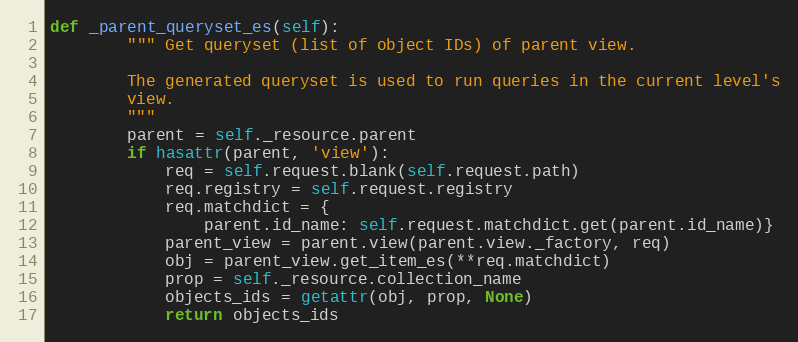
Language: Python
def _parent_queryset_es(self):
        """ Get queryset (list of object IDs) of parent view.

        The generated queryset is used to run queries in the current level's
        view.
        """
        parent = self._resource.parent
        if hasattr(parent, 'view'):
            req = self.request.blank(self.request.path)
            req.registry = self.request.registry
            req.matchdict = {
                parent.id_name: self.request.matchdict.get(parent.id_name)}
            parent_view = parent.view(parent.view._factory, req)
            obj = parent_view.get_item_es(**req.matchdict)
            prop = self._resource.collection_name
            objects_ids = getattr(obj, prop, None)
            return objects_ids